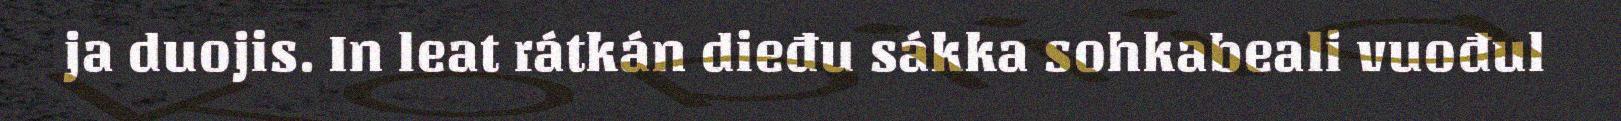
ja duojis. In leat rátkán dieđu sákka sohkabeali vuođul